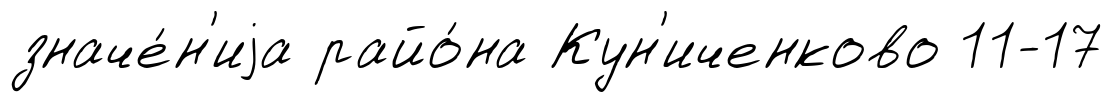
значе́н'иjа райо́на Кун'иченково 11-17